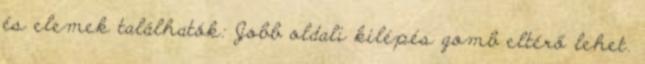
és elemek találhatók: Jobb oldali kilépés gomb eltérő lehet.